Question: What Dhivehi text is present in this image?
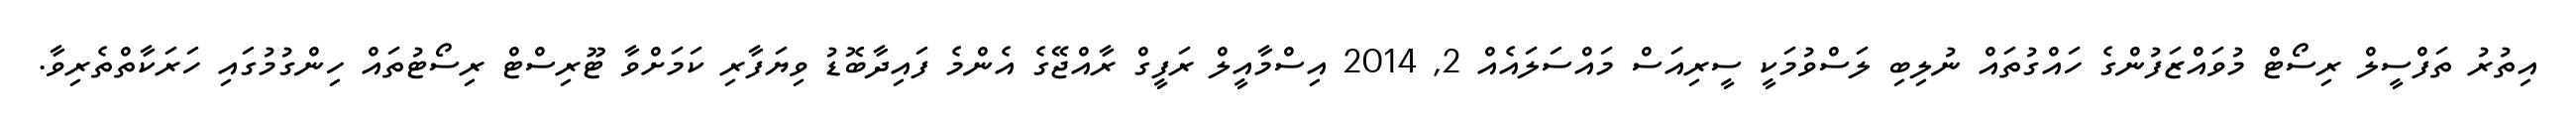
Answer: އިތުރު ތަފްސީލް ރިސޯޓް މުވައްޒަފުންގެ ހައްގުތައް ނުލިބި ލަސްވުމަކީ ސީރިއަސް މައްސަލައެއް 2, 2014 އިސްމާއީލް ރަފީގް ރާއްޖޭގެ އެންމެ ފައިދާބޮޑު ވިޔަފާރި ކަމަށްވާ ޓޫރިސްޓް ރިސޯޓުތައް ހިންގުމުގައި ހަރަކާތްތެރިވާ.